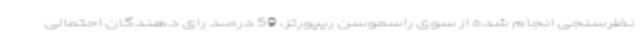
نظرسنجی انجام شده از سوی راسموسن ریپورتز، 59 درصد رای دهندگان احتمالی